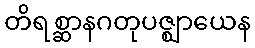
တိရစ္ဆာနဂတုပဇ္ဈာယေန